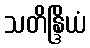
သတိန္ဒြိယံ